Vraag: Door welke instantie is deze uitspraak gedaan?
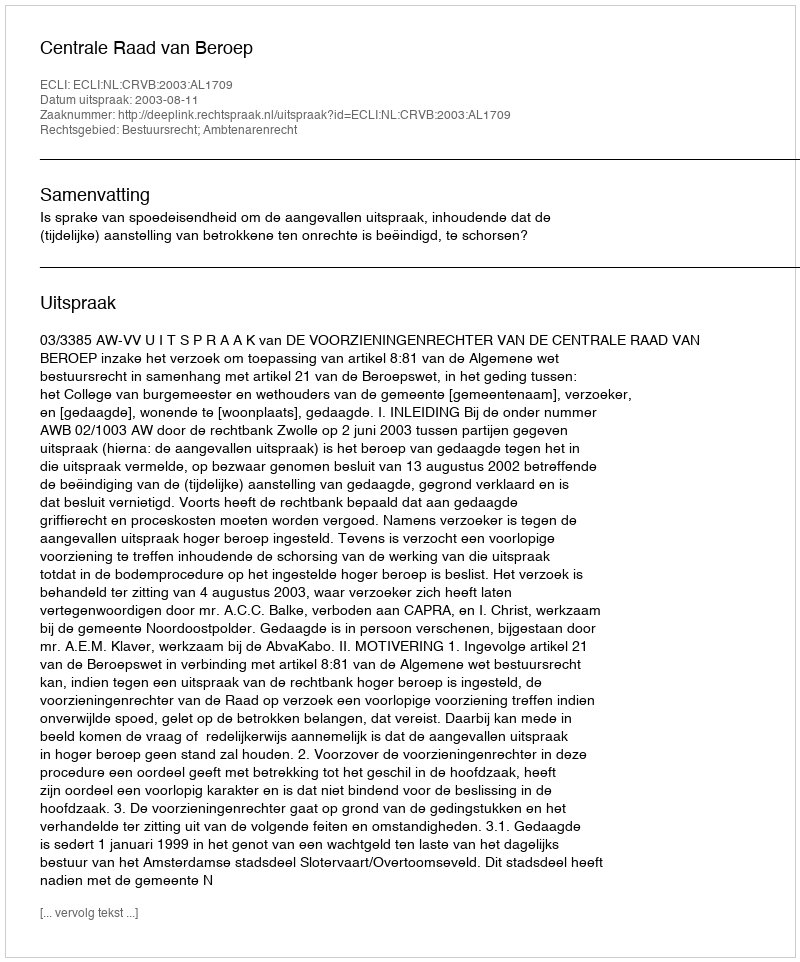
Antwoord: Centrale Raad van Beroep